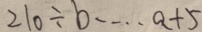
2 1 0 \div b \cdots a + 5